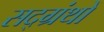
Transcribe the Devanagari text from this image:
सद्ग्रंथों